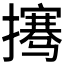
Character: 𰔲